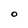
Character: O